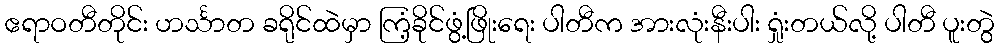
ဧရာဝတီတိုင်း ဟင်္သာတ ခရိုင်ထဲမှာ ကြံ့ခိုင်ဖွံ့ဖြိုးရေး ပါတီက အားလုံးနီးပါး ရှုံးတယ်လို့ ပါတီ ပူးတွဲ